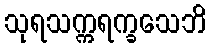
သုရသက္ကရက္ခသေဘိ